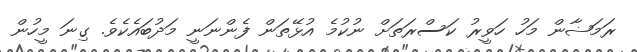
ރަމަޟާން މަހު ހަވީރު ކަސްރަތަށް ނުކުމެ އުޅޭތަން ފެންނަނީ މަދުބައެކެވެ. ގިނަ މީހުން